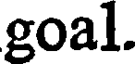
goal.